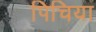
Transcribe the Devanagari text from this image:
पिचिया